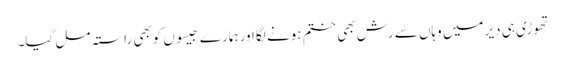
تھوڑی ہی دیر میں وہاں سے رش بھی ختم ہونے لگا اور ہمارے جیسوں کوبھی راستہ مل گیا۔